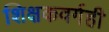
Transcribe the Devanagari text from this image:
शिक्षकवर्गही